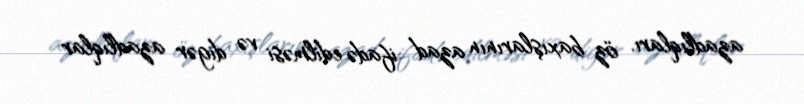
azadlıqları, öz baxışlarının azad ifadə edilməsi və digər azadlıqlar